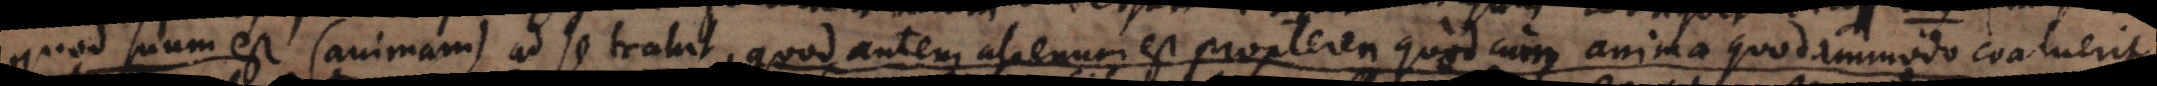
quod suum est (animam) ad se trahit, quod autem alienum est propterea quod cum anima quodammodo coaluer